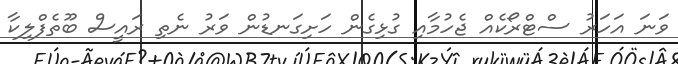
ވަނަ އަހަރު ސްޓްރޯކެއް ޖެހުމާއި ގުޅިގެން ހަށިގަނޑުން ވަރު ނެތި ރައީސް ބޫތެފްލިކާ